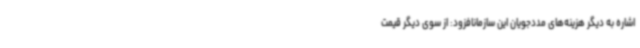
اشاره به دیگر هزینه‌های مددجویان این سازمانافزود: از سوی دیگر قیمت